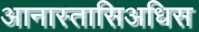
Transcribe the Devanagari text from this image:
आनास्तासिअधिस